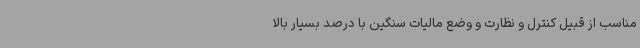
مناسب از قبیل کنترل و نظارت و وضع مالیات سنگین با درصد بسیار بالا